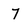
Character: 7